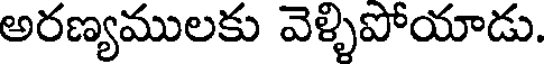
అరణ్యములకు వెళ్ళిపోయాడు.